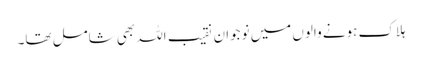
ہلاک ہونے والوں میں نوجوان نقیب اللہ بھی شامل تھا۔